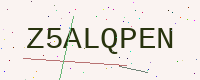
Text: Z5ALQPEN